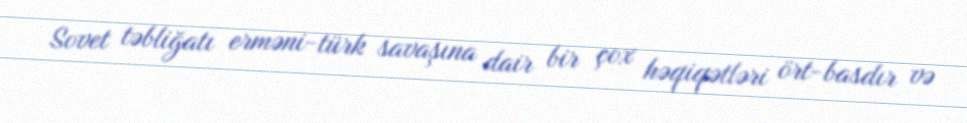
Sovet təbliğatı erməni-türk savaşına dair bir çox həqiqətləri ört-basdır və